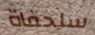
سلحفاة